Annual administration report of the Civil Veterinary Department of India - 1903-1904
Year: 1903
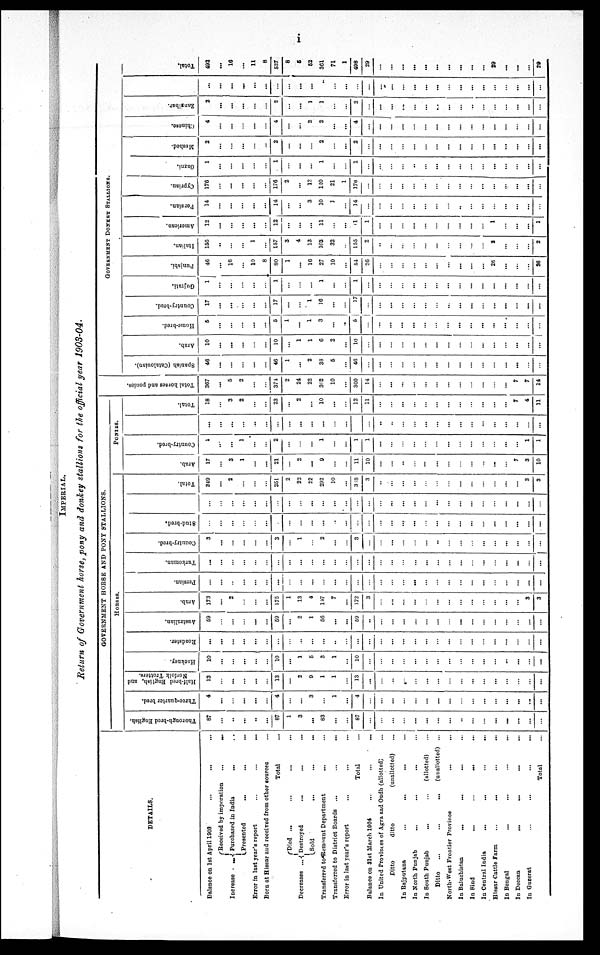
i
IMPERIAL.
Return of Government horse, pony and donkey stallions for the official year 1903-04.
DETAILS.
Balance on 1st April 1903 ... ... ...
Increase
...
Received by imporation
...
...
Purchased in India ... ...
Presented
... ... ...
Error in last year's report
...
...
...
Born at Hissar and received from other sources ...
Total ...
Decreases ...
Died
... ... ... ...
Destroyed ... ... ...
Sold ... ... ...
Transferred to Remount Department ... ...
Transferred to District Boards ...
...
...
Error in last year's report ... ... ...
Total ...
Balance on 31st March 1004
...
...
...
In United Provinces of Agra and Oudh (allotted) ...
Ditto
ditto
(unallotted) ...
In
Rajputana
...
... ... ...
In North Punjab ... ... ... ...
In South Punjab
...
...
(allotted) ...
Ditto
...
...
...
(unallotted) ...
North-West Frontier Province ... ...
In Baluchistan
... ... ... ...
In Bind
...
... ...
In Central India
...
...
...
...
Hissar Cattle Farm ... ... ... ...
In Bengal ... ... ... ...
In Deccan
...
...
... ...
In Guzerat ... ... ... ...
Total ...
GOVERNMENT HORSE AND PONY STALLIONS.
HORSES
Thorough-bred English.
87
...
..
...
..
...
87
1
3
...
83
...
...
87
...
...
...
...
...
...
...
...
...
...
...
...
...
...
...
...
Three-quarter bred.
4
...
...
...
...
...
4
...
...
3
...
1
...
4
...
...
...
...
...
...
...
...
...
...
...
...
...
...
...
...
Half-bred English, and
Norfolk Trotters.
13
...
...
...
...
...
13
...
2
9
1
1
...
13
...
...
...
......
...
...
...
...
...
...
...
...
...
...
...
...
Hackney.
10
...
...
...
...
...
10
...
1
5
3
1
...
10
...
...
...
...
...
...
...
...
...
...
...
...
...
...
...
...
Roadster.
...
...
...
...
...
...
...
...
...
...
...
...
...
...
...
...
...
...
...
...
...
...
...
...
...
...
...
...
...
...
Australian.
69
...
...
...
...
...
69
...
2
1
56
...
...
59
...
...
...
...
...
...
...
...
...
...
...
...
...
...
...
...
Arab.
173
...
2
...
...
...
175
1
13
4
147
7
...
172
3
...
...
...
...
...
...
...
...
...
...
...
...
...
3
3
Persian.
...
...
...
...
...
...
...
...
...
...
...
...
...
...
...
...
...
...
...
...
...
...
...
...
...
...
...
...
...
Turkoman.
...
...
...
...
...
...
...
...
...
...
...
...
...
...
...
...
...
...
...
...
...
...
...
...
...
...
...
...
...
...
Country-bred.
3
...
...
...
...
...
3
...
1
...
2
...
...
3
...
...
...
...
...
...
...
...
...
...
...
...
...
...
...
...
8tud-bred.
...
...
...
...
...
...
...
...
...
...
...
...
...
...
...
...
...
...
...
...
...
...
...
...
...
...
...
...
...
...
...
...
...
...
...
...
...
...
...
...
...
...
...
...
...
...
...
...
...
...
...
...
...
...
...
...
...
...
...
...
Total.
349
...
2
...
...
...
351
2
22
22
292
10
...
318
3
...
...
...
...
...
...
...
...
...
...
...
...
...
3
3
PONIRS.
Arab.
17
...
3
1
...
...
21
...
2
...
9
...
...
11
10
...
...
...
...
...
...
...
...
...
...
...
...
7
3
10
Country-bred.
1
...
...
1
...
...
2
...
...
...
1
...
...
1
1
...
...
...
...
...
...
...
...
...
...
...
...
...
1
1
...
...
...
...
...
...
...
...
...
...
...
...
...
...
...
..
...
...
...
...
...
...
...
...
...
...
...
...
...
...
Total.
18
...
3
2
...
...
23
...
2
...
10
...
...
12
11
...
...
...
...
...
...
...
...
...
...
...
...
7
4
11
Tot al hor s es and ponies.
367
...
5
2
...
...
374
2
24
22
302
10
...
360
14
...
...
...
...
...
...
...
...
...
...
...
...
7
7
14
GOVERNMENT DONKEY STALLIONS.
Spanish (Catalonian).
46
...
...
...
...
...
46
1
...
2
33
5
...
40
...
...
...
...
...
...
...
...
...
...
...
...
...
...
...
...
Arab.
10
...
...
...
...
...
10
...
1
1
6
2
...
10
...
...
...
...
...
...
...
...
...
...
...
...
...
...
...
...
Home-bred.
5
...
...
...
...
...
5
1
...
1
3
...
...
5
...
...
...
...
...
...
...
...
...
...
...
...
...
...
...
...
Country-bred.
17
...
...
...
...
...
17
...
...
1
16
...
...
17
...
...
...
...
...
...
...
...
...
...
...
...
...
...
...
...
Gujrati.
1
...
...
...
...
...
1
...
...
...
1
...
...
1
...
...
...
...
...
...
...
...
...
...
...
...
...
...
...
...
Punjabi.
46
...
16
...
10
8
80
1
...
16
27
10
...
51
26
...
...
...
...
...
...
...
...
...
...
26
...
...
...
26
Italian.
156
..
...
...
1
...
157
3
4
13
103
32
...
155
2
...
...
...
...
...
...
...
...
...
...
2
...
...
...
2
American.
12
...
...
...
...
...
12
...
...
...
11
...
...
1
1
...
...
...
...
...
...
...
...
...
...
1
...
...
...
1
Persian.
14
...
...
...
...
...
14
...
...
3
10
1
...
14
...
...
...
...
...
...
...
...
...
...
...
...
...
...
...
...
Cyprian.
176
...
...
...
...
...
176
2
...
12
140
21
1
170
...
...
...
...
...
...
...
...
...
...
...
...
...
...
...
...
Gazni.
1
...
...
...
...
...
1
...
...
...
1
...
...
1
...
...
...
...
...
...
...
...
...
...
...
...
...
...
...
...
Meshed.
2
...
...
...
...
...
2
...
...
...
2
...
...
2
...
...
...
...
...
...
...
...
...
...
...
...
...
...
...
...
Chinese.
4
...
...
...
...
...
4
...
...
2
2
...
...
4
...
...
...
...
...
...
...
...
...
...
...
...
...
...
...
...
Zanaibar.
2
...
...
...
...
...
2
...
...
1
1
...
...
2
...
...
...
...
...
...
...
...
...
...
...
...
...
...
...
...
...
...
...
...
...
...
...
...
...
...
..
...
...
...
...
...
...
...
...
...
...
...
...
...
...
...
...
...
...
...
Total.
492
...
16
...
11
8
527
8
5
52
361
71
1
498
29
...
...
...
...
...
...
...
...
...
...
29
...
...
...
29